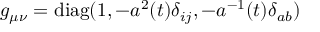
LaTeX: g _ { \mu \nu } = \mathrm { d i a g } ( 1 , - a ^ { 2 } ( t ) \delta _ { i j } , - a ^ { - 1 } ( t ) \delta _ { a b } )